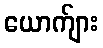
ယောက်ျား